On the standardisation of anti-typhoid vaccine - Number 21
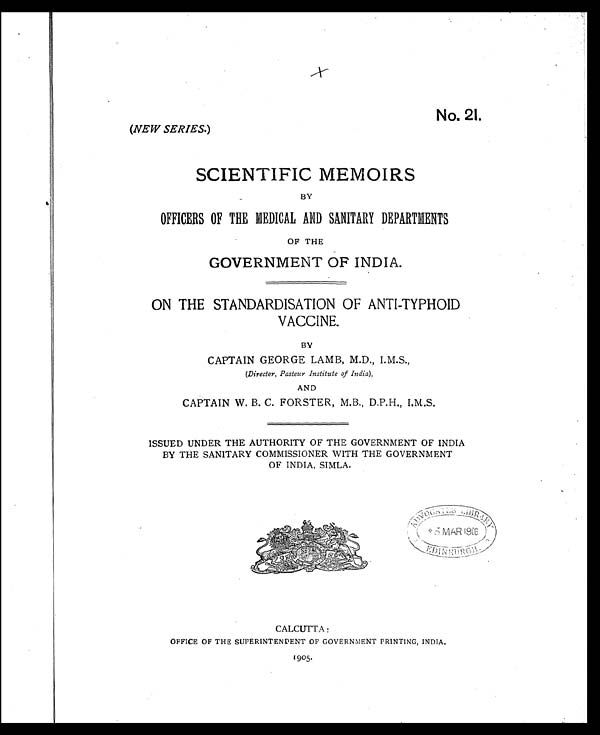
No. 21.
(NEW SERIES.)
SCIENTIFIC MEMOIRS
BY
OFFICERS OF THE MEDICAL AND SANITARY DEPARTMENTS
OF THE
GOVERNMENT OF INDIA.
ON THE STANDARDISATION OF ANTI-TYPHOID
VACCINE.
BY
CAPTAIN GEORGE LAMB, M.D., I.M.S.,
(Director, Pasteur Institute of India),
AND
CAPTAIN W. B. C. FORSTER, M.B., D.P.H., I.M.S.
ISSUED UNDER THE AUTHORITY OF THE GOVERNMENT OF INDIA
BY THE SANITARY COMMISSIONER WITH THE GOVERNMENT
OF INDIA, SIMLA.
C ALCUTTA:
OFFICE OF THE SUPERINTENDENT OF GOVERNMENT PRINTING, INDIA.
1905.